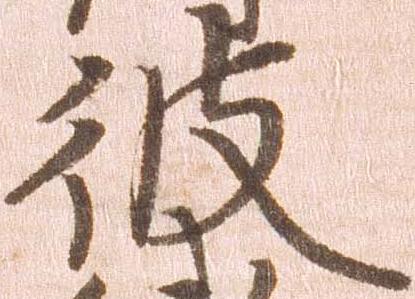
彼